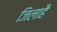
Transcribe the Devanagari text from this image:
जिलाहै